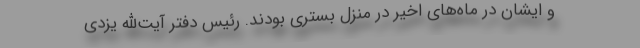
و ایشان در ماه‌های اخیر در منزل بستری بودند. رئیس دفتر آیت‌الله یزدی